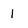
Character: 1